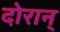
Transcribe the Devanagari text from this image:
दोरान्